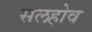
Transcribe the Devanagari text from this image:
सलहोव